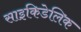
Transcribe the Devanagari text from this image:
साइकिडेलिक